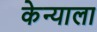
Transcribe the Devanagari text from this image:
केन्याला